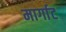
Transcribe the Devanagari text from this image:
मार्गाट